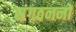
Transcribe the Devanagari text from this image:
संगठननों